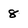
Character: 8